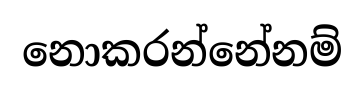
නොකරන්නේනම්